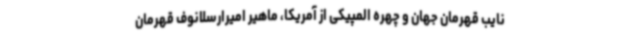
نایب قهرمان جهان و چهره المپیکی از آمریکا، ماهیر امیرارسلانوف قهرمان